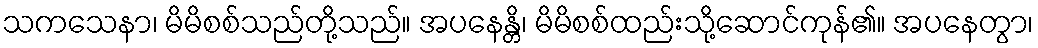
သကသေနာ၊ မိမိစစ်သည်တို့သည်။ အပနေန္တိ၊ မိမိစစ်ထည်းသို့ဆောင်ကုန်၏။ အပနေတွာ၊